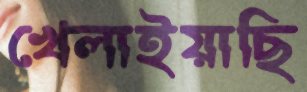
খেলাইয়াছি